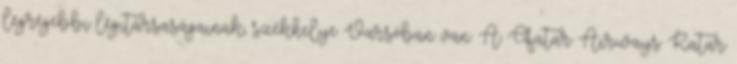
legrégebbi légitársaságainak, székhelye Varsóban van. A Qatar Airways Katar